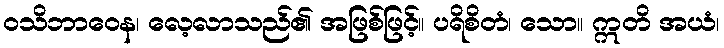
ဝသိဘာဝေန၊ လေ့လာသည်၏ အဖြစ်ဖြင့်။ ပရိစိတံ၊ သော။ ဣတိ အယံ၊